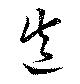
造